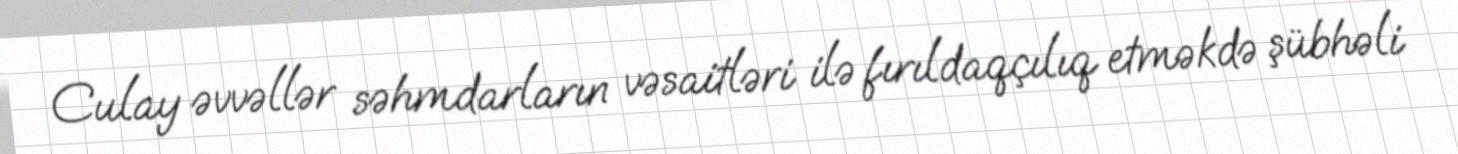
Culay əvvəllər səhmdarların vəsaitləri ilə fırıldaqçılıq etməkdə şübhəli